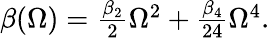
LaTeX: \begin{array}{r}{\beta(\Omega)=\frac{\beta_{2}}{2}\Omega^{2}+\frac{\beta_{4}}{24}\Omega^{4}.}\end{array}